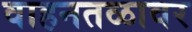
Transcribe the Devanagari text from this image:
वाहनतळावर